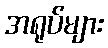
အရုပ်များ